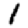
Digit: 1